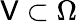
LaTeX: \mathsf{V}\subset\Omega